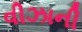
વીઝાની